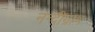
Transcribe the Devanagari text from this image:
नन्दीग्राम